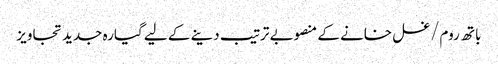
باتھ روم/غسل خانے کے منصوبے ترتیب دینے کے لیے گیارہ جدید تجاویز